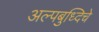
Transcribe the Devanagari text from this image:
अल्पबुध्दिचे